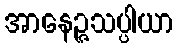
အာနေဉ္ဇသပ္ပါယာ